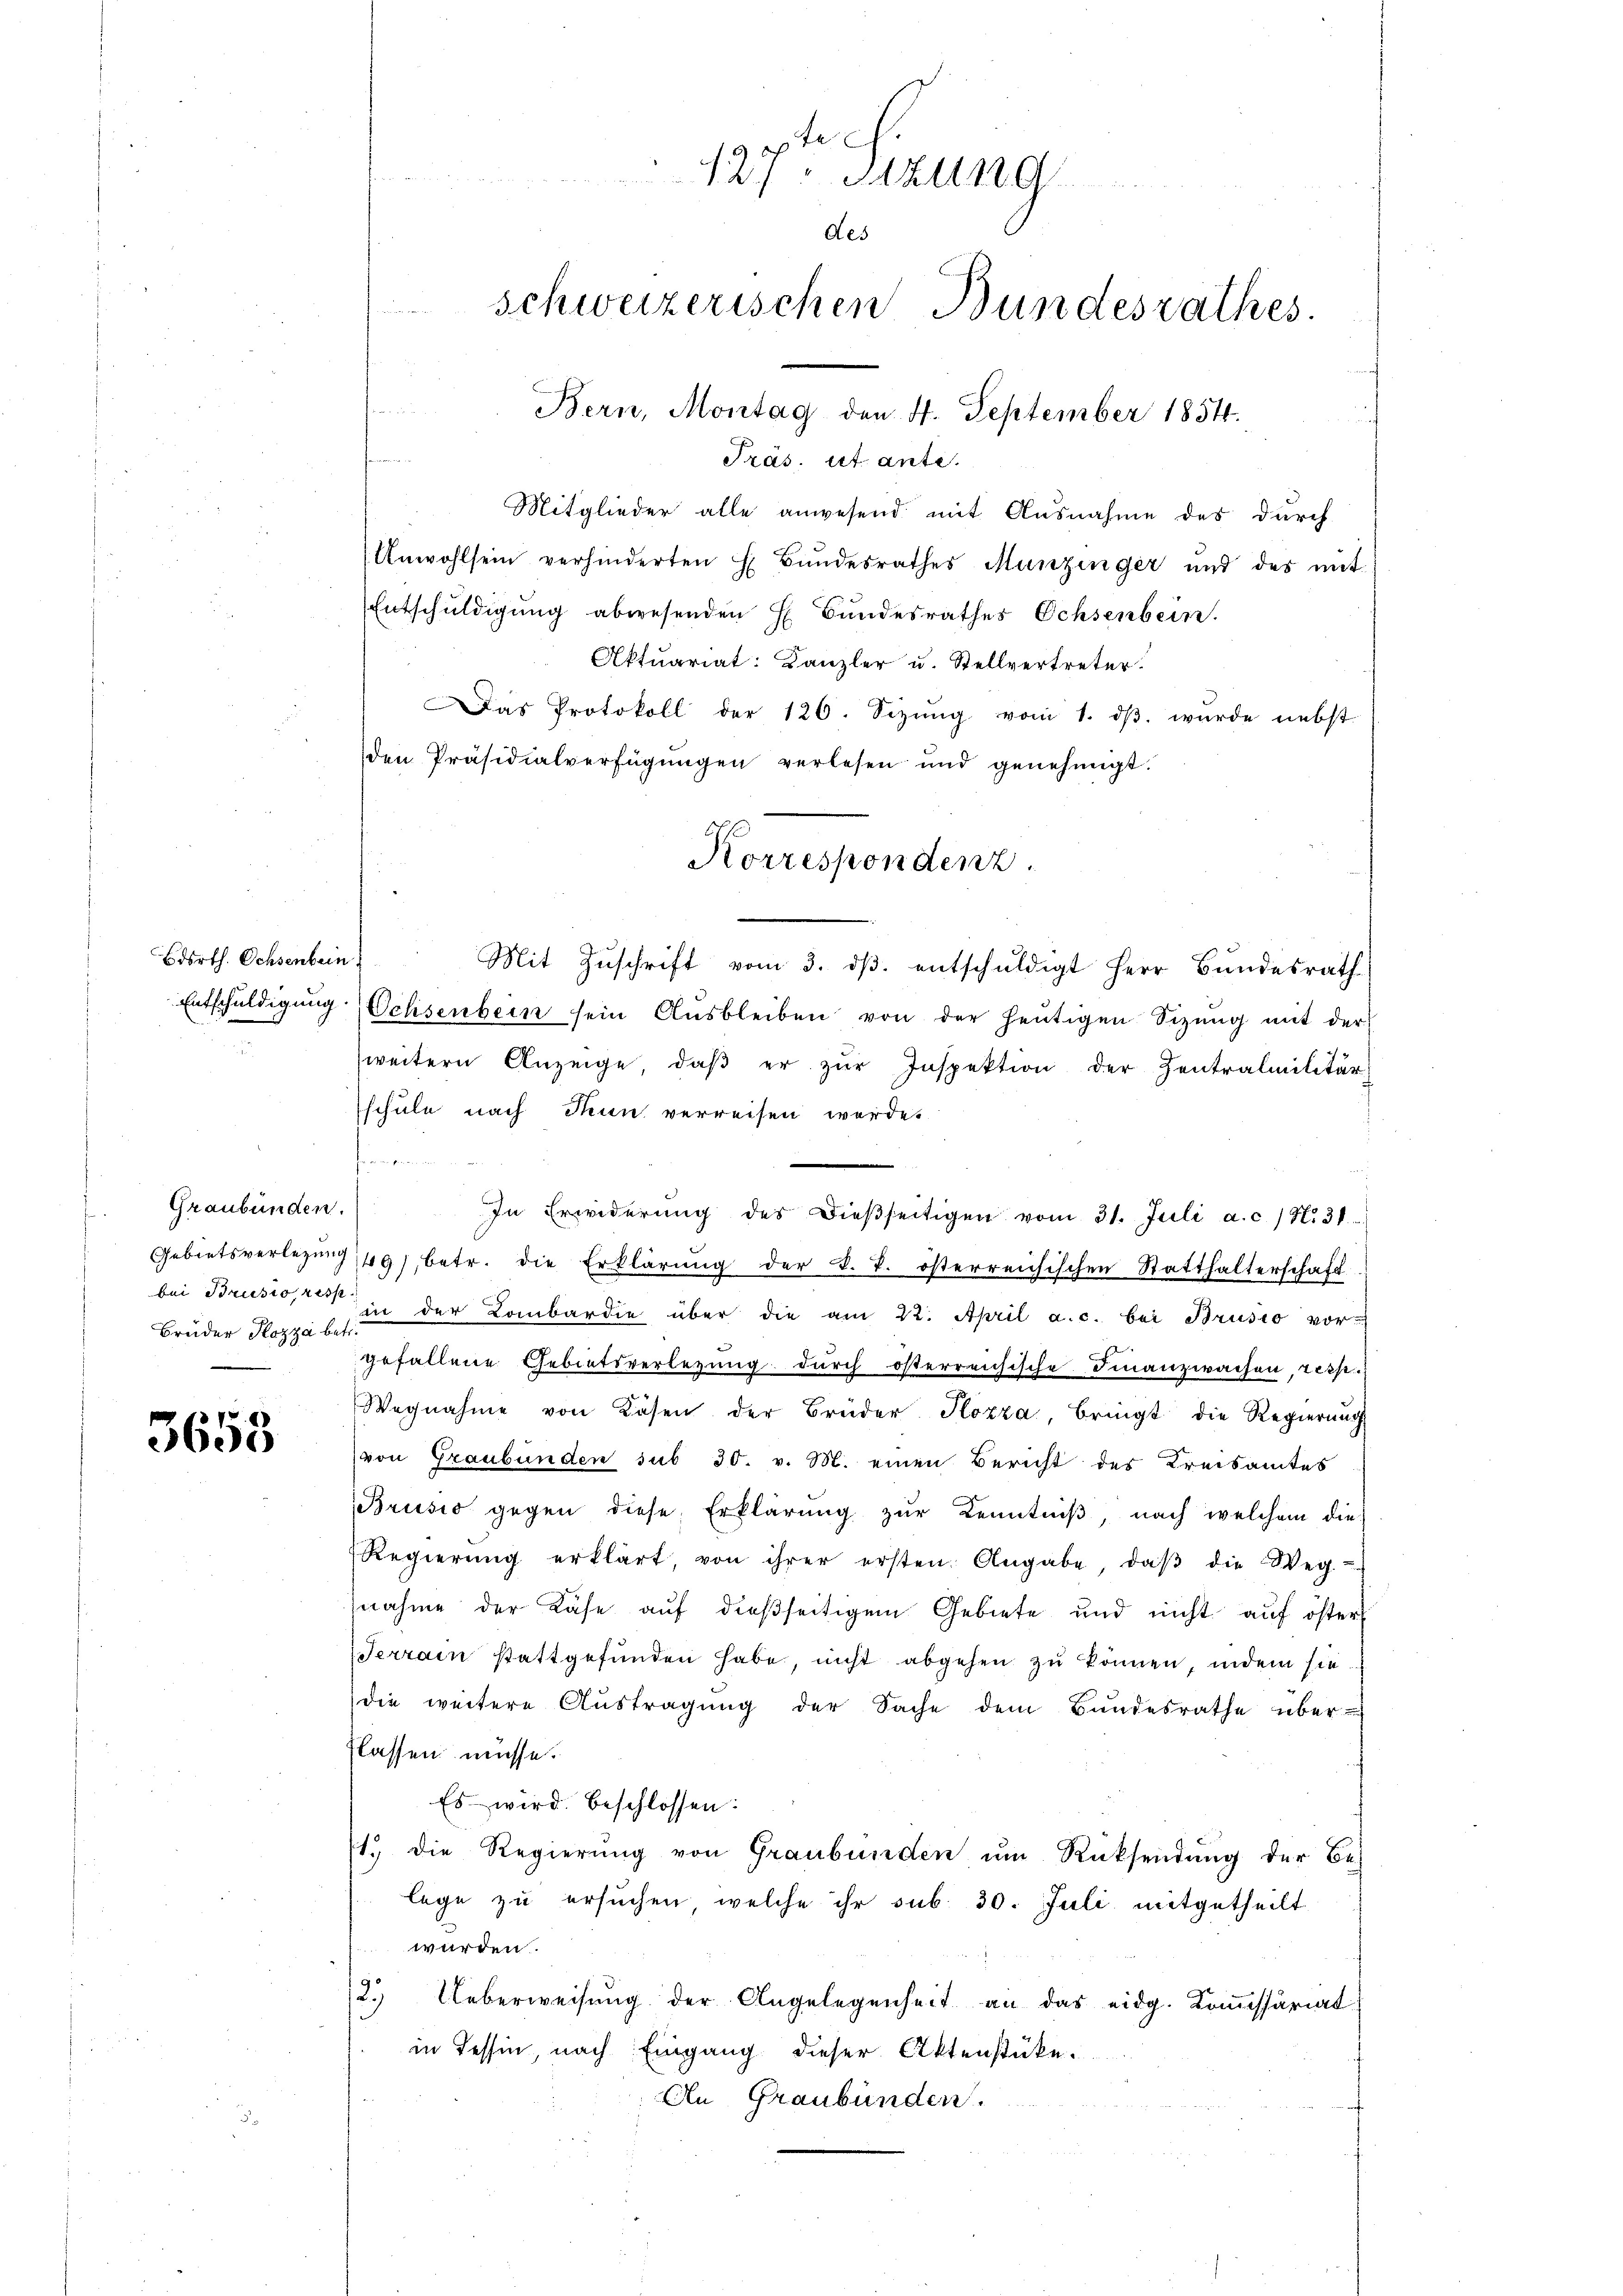
Bosrth. Ochsenbein

Graubünden.
Brüder Pozza betr.

3655

127. Sizung
des
schweizerischen Bundesrathes.
Bern, Montag den 4. September 1854.

u
Präs. ist ante.
Mitglieder alle anwesend mit Ausnahme des durch
Anwohlsein verhinderten H. Bŭndesrathes Munzinger und des mit
Entschuldigung abwesenden H. Bundesrathes Ochsenbein.
Aktuariat: Kanzler u. Stellvertreter.
Das Protokoll der 120. Sizŭng vom 1. dβ. wurde nebst
den Präsidialverfügŭngen verlesen und genehmigt.
Mit Zuschrift vom 3. dβ. entschuldigt Herr Bundesrath
Entschŭldigŭng Ochsenbein sein Aŭsbleiben von der heŭtigen Sizŭng mit der
weitern Anzeige, daβ er zŭr Inspektion der Zentralmilitär
schule nach Thun verreisen werde.
harin ein
In Erwiderŭng des dieβseitigen vom 31. Juli a. c. 18. 31.
Gebietsverlegung 49), betr. die Erklärŭng der k. k. österreichischen Statthalterschaft
bei Brusio, es in der Lombardie über die am 22. April a.c. bei Brusio vor-
gefallene Gebietsverlegung durch österreichische Finanzwachen, resse
Wegnahme von Lösen der Brüder Pozza, bringt die Regierung
von Graubünden sub 30. v. M. einen Bericht des Kreisamtes
Brusio gegen diese Erklärŭng zŭr Kenntniβ, nach welchem dies
Regierŭng erklärt, von ihrer ersten Angabe, daβ die Weg.
nahme der Kase aŭf dießseitigem Gebiete und nicht aŭf öster
Terrain stattgefŭnden habe, nicht abgehen zu können, indem sie
die weitere Aŭstragŭng der Sache dem Bundesrathe über-
flassen müsse.
Es wird beschlossen:
1. die Regierŭng von Graubünden ŭm Rücksendŭng der Be-
lege zu ersuchen, welche ihr sub. 30. Juli mitgetheilt
würden.
2. Ueberweisŭng der Angelegenheit an das eidg. Koṁissariat
in Tessin, nach Eingang dieser Aktenstücke.
An Graubünden.

Korrespondenz.